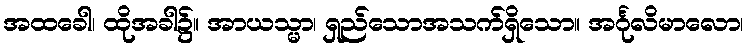
အထခေါ၊ ထိုအခါ၌။ အာယသ္မာ၊ ရှည်သောအသက်ရှိသော။ အင်္ဂုလိမာလော၊